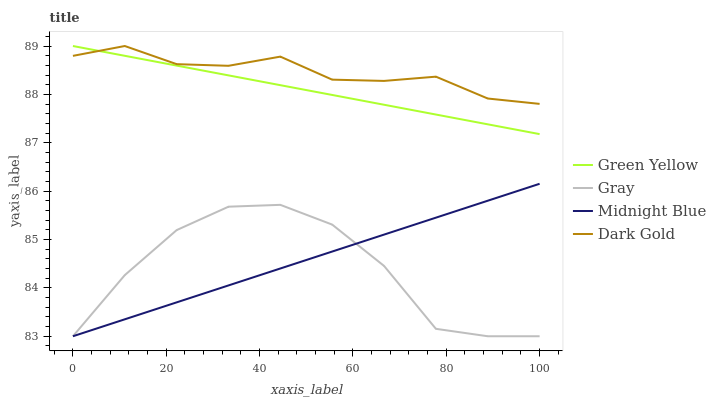
| xaxis_label | Green Yellow | Gray | Midnight Blue | Dark Gold |
 | --- | --- | --- | --- | --- |
 | 0 | 89 | 83 | 83 | 88.8 |
 | 11.1 | 88.8 | 84.3 | 83.4 | 89 |
 | 22.2 | 88.6 | 85.2 | 83.7 | 88.6 |
 | 33.3 | 88.4 | 85.7 | 84.1 | 88.6 |
 | 44.4 | 88.2 | 85.7 | 84.4 | 88.8 |
 | 55.6 | 88 | 85.3 | 84.8 | 88.3 |
 | 66.7 | 87.8 | 84.5 | 85.1 | 88.3 |
 | 77.8 | 87.6 | 83.2 | 85.5 | 88.4 |
 | 88.9 | 87.4 | 83 | 85.8 | 87.9 |
 | 100 | 87.2 | 83 | 86.2 | 87.8 |